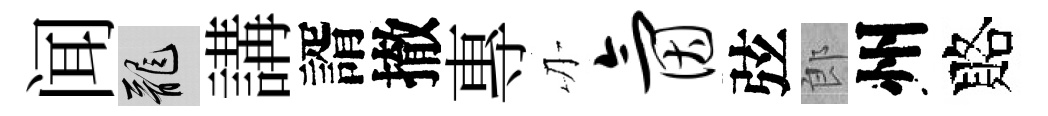
闻龍講諝撤專刃氤弦郎州賂